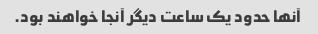
آنها حدود یک ساعت دیگر آنجا خواهند بود.